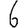
Digit: 6